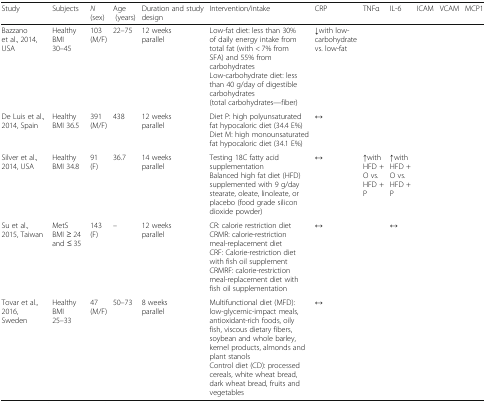
<table><thead><tr><td><b>Study</b></td><td><b>Subjects</b></td><td><b><i>N</i> (sex)</b></td><td><b>Age (years)</b></td><td><b>Duration and study design</b></td><td><b>Intervention/intake</b></td><td><b>CRP</b></td><td><b>TNFα</b></td><td><b>IL-6</b></td><td><b>ICAM</b></td><td><b>VCAM</b></td><td><b>MCP1</b></td></tr></thead><tbody><tr><td>Bazzano et al., 2014, USA</td><td>HealthyBMI 30–45</td><td>103 (M/F)</td><td>22–75</td><td>12 weeksparallel</td><td>Low-fat diet: less than 30% of daily energy intake from total fat (with &lt; 7% from SFA) and 55% from carbohydratesLow-carbohydrate diet: less than 40 g/day of digestible carbohydrates (total carbohydrates—fiber)</td><td>↓with low-carbohydrate vs. low-fat</td><td></td><td></td><td></td><td></td><td></td></tr><tr><td>De Luis et al., 2014, Spain</td><td>HealthyBMI 36.5</td><td>391 (M/F)</td><td>438</td><td>12 weeksparallel</td><td>Diet P: high polyunsaturated fat hypocaloric diet (34.4 E%)Diet M: high monounsaturated fat hypocaloric diet (34.1 E%)</td><td>↔</td><td></td><td></td><td></td><td></td><td></td></tr><tr><td>Silver et al., 2014, USA</td><td>HealthyBMI 34.8</td><td>91 (F)</td><td>36.7</td><td>14 weeksparallel</td><td>Testing 18C fatty acid supplementationBalanced high fat diet (HFD) supplemented with 9 g/day stearate, oleate, linoleate, or placebo (food grade silicon dioxide powder)</td><td>↔</td><td>↑with HFD + O vs. HFD + P</td><td>↑with HFD + O vs. HFD + P</td><td></td><td></td><td></td></tr><tr><td>Su et al., 2015, Taiwan</td><td>MetSBMI ≥ 24 and ≤ 35</td><td>143 (F)</td><td>–</td><td>12 weeksparallel</td><td>CR: calorie restriction dietCRMR: calorie-restriction meal-replacement dietCRF: Calorie-restriction diet with fish oil supplementCRMRF: calorie-restriction meal-replacement diet with fish oil supplementation</td><td>↔</td><td></td><td>↔</td><td></td><td></td><td></td></tr><tr><td>Tovar et al., 2016, Sweden</td><td>HealthyBMI 25–33</td><td>47 (M/F)</td><td>50–73</td><td>8 weeksparallel</td><td>Multifunctional diet (MFD): low-glycemic-impact meals, antioxidant-rich foods, oily fish, viscous dietary fibers, soybean and whole barley, kernel products, almonds and plant stanolsControl diet (CD): processed cereals, white wheat bread, dark wheat bread, fruits and vegetables</td><td>↔</td><td></td><td></td><td></td><td></td><td></td></tr></tbody></table>